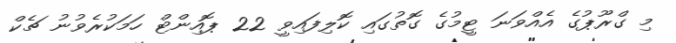
މި ގްރޫޕުގެ އެއްވަނަ ޓީމުގެ ގޮތުގައި ކޮލިފައިވީ 22 ޕޮއިންޓް ހަމަކުރެވުނު ޗެކް